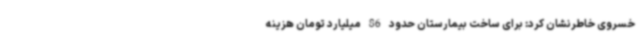
خسروی خاطرنشان کرد: برای ساخت بیمارستان حدود 86 میلیارد تومان هزینه